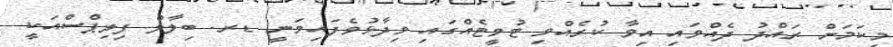
މިކަމަށް ރައްދު ދެއްވައި އިވާ ކުރެއްވި ޓުވީޓެއްގައި ވިދާޅުވެފައިވަނީ ޑރ. ބިލާލް ފިލިޕްސްއަކީ